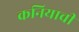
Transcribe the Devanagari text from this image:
कनियाची